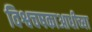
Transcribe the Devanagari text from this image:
विश्वचषकाआधीच्या